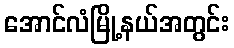
အောင်လံမြို့နယ်အတွင်း